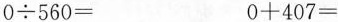
$$0 \div 5 6 0 =$$ $$0 + 4 0 7 =$$